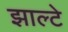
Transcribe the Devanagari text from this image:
झाल्टे